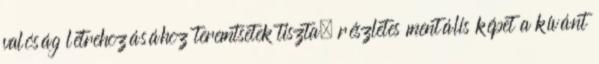
valóság létrehozásához teremtsetek tiszta, részletes mentális képet a kívánt